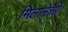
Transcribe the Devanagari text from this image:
मिलानेसी